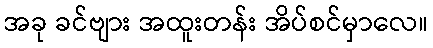
အခု ခင်ဗျား အထူးတန်း အိပ်စင်မှာလေ။